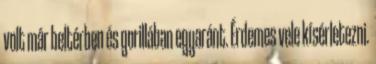
volt már beltérben és gorillában egyaránt. Érdemes vele kísérletezni.